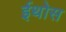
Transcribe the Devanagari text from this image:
ईथोस